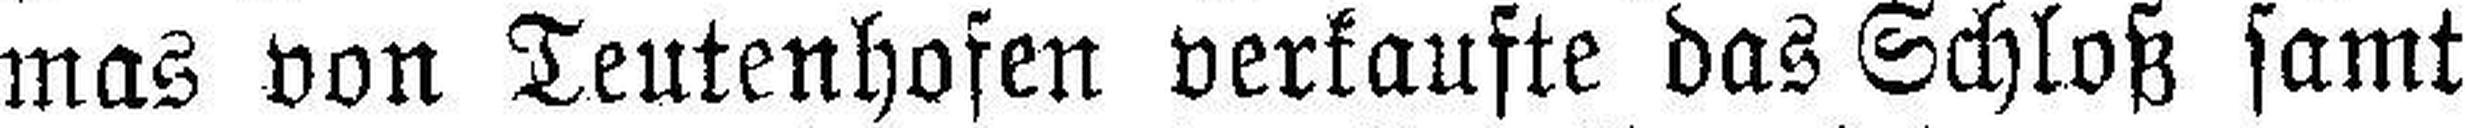
mas von Teutenhofen verkaufte das Schloß samt